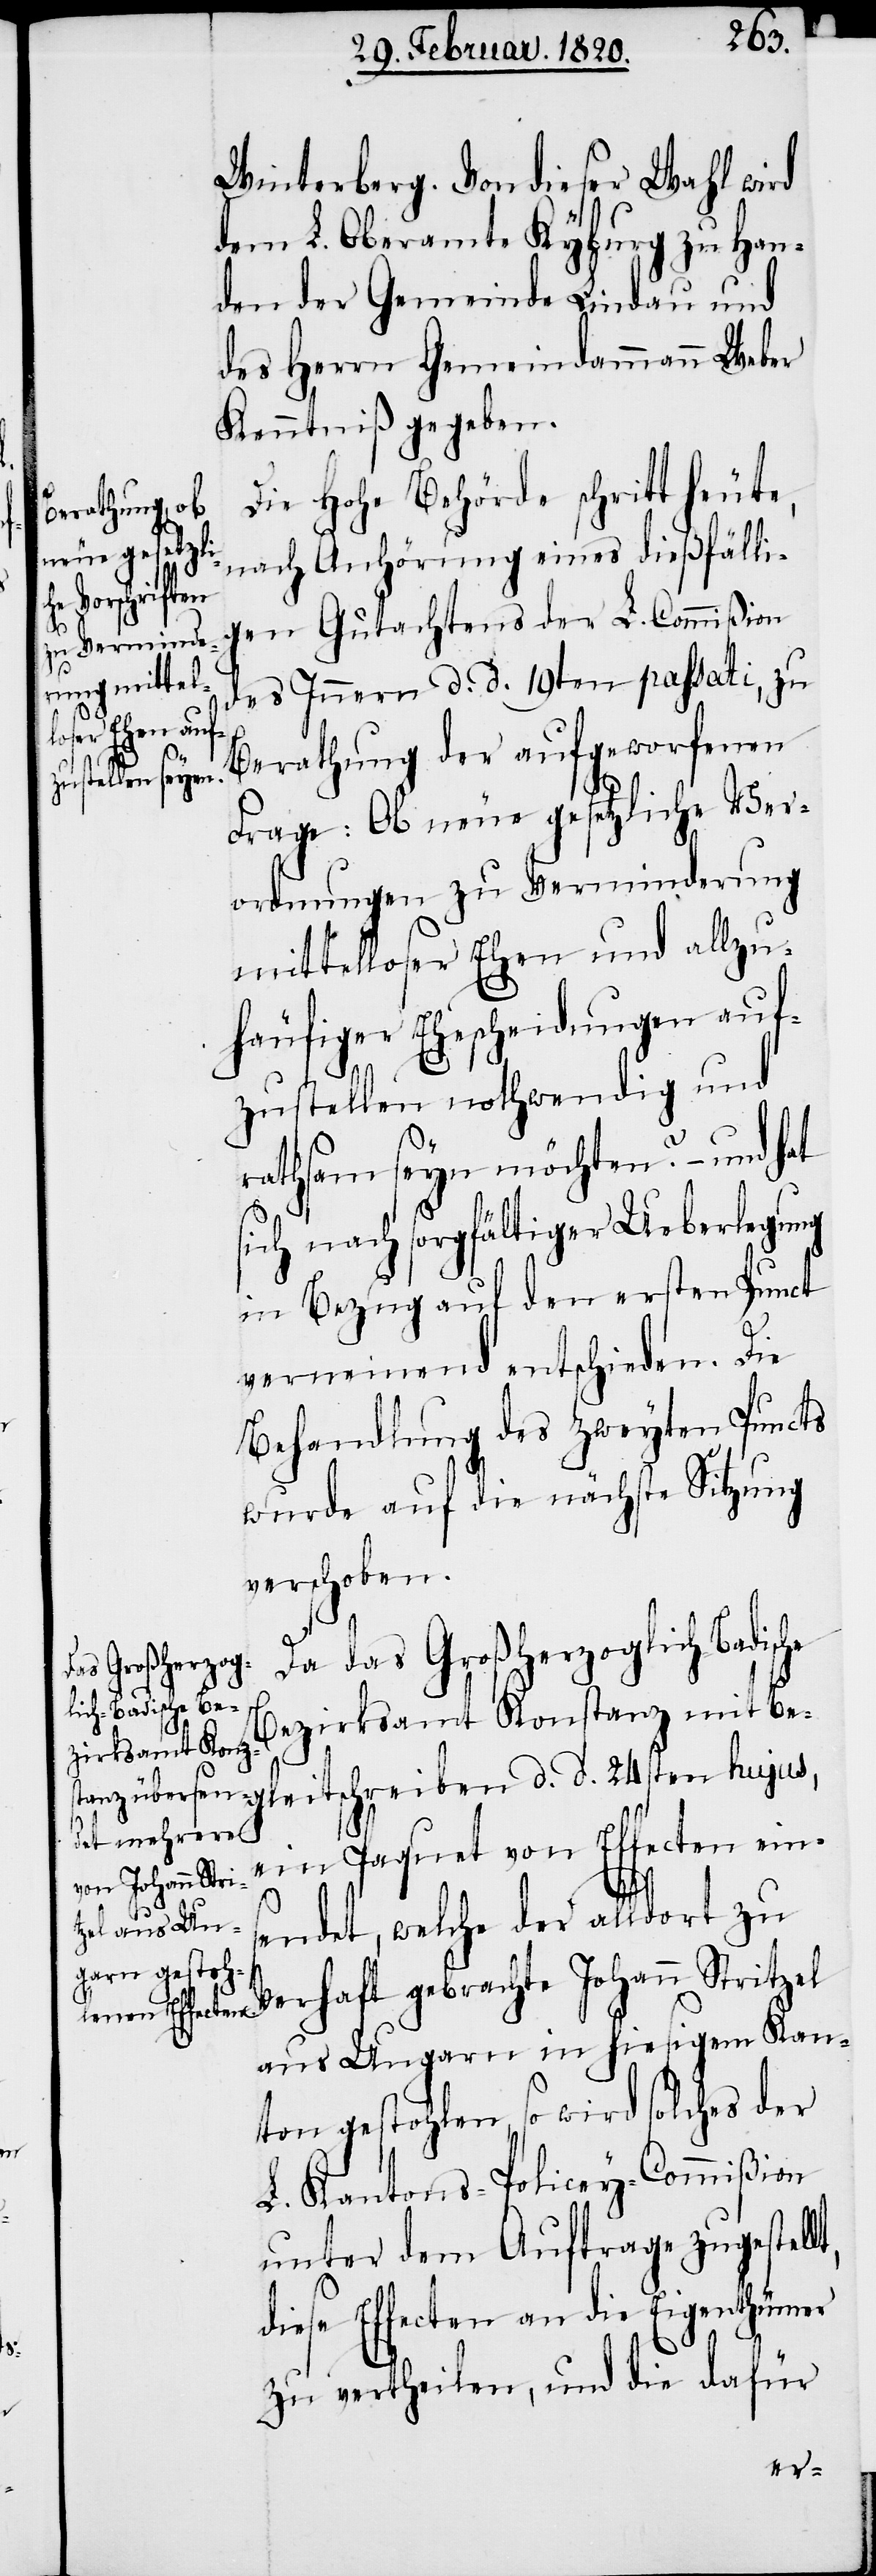
Winterberg. Von dieser Wahl wird
dem L. Oberamte Kyburg zu Han¬
den der Gemeinde Lindau und
des Herrn Gemeindammann Weber
Kenntniß gegeben.
Die Hohe Behörde schritt heute,
nach Anhörung eines dießfälli¬
gen Gutachtens der L. Commißion
des Innern d d 19ten passati, zu
Berathung der aufgeworfenen
Frage: Ob neue gesetzliche Ver¬
ordnungen zu Verminderung
mittelloser Ehen und allzu¬
häufiger Ehescheidungen auf¬
zustellen nothwendig und
rathsam seyn möchten? – und hat
sich nach sorgfältiger Ueberlegung
in Bezug auf den ersten Punct
verneinend entschieden. Die
Behandlung des zweyten Puncts
wurde auf die nächste Sitzung
verschoben.
Da das Großherzoglich-Badis¬
Bezirksamt Konstanz mit Beg¬
leitschreiben d. d. 24sten hujus,
ein Paquet von Effecten eins¬
lt,
endet, welche der alldort zu
Verhaft gebrachte Johann Stritzel
aus Ungarn in hiesigem Kan¬
ton gestohlen, so wird solches der
L. Kantons-Policey-Commißion
unter dem Auftrage zugestel¬
diese Effecten an die Eigenthümer
zu vertheilen, und die dafür